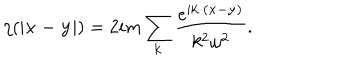
LaTeX: \eta ( | { \bf x - y } | ) = 2 i m \sum _ { \bf k } { \frac { e ^ { i { \bf k \cdot ( x - y ) } } } { k ^ { 2 } \omega ^ { 2 } } } .